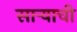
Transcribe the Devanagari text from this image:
साऱ्याची